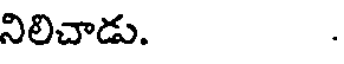
నిలిచాడు.